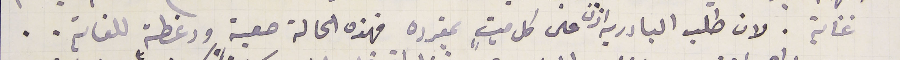
عناية. لان طلب البادريه اذن على كل ميتٍ بمفرده فهذه الحالة صعبة ودغطة للغاية..